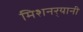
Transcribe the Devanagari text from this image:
मिशनर्‍यानी